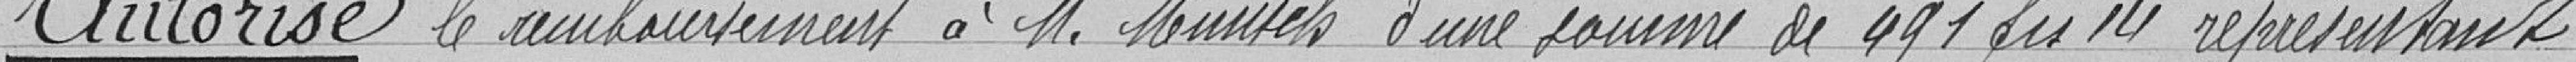
Autorise le remboursement à Monsieur MUNSCH d'une somme de 491 francs 14 représentant